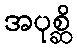
အပုစ္ဆိ